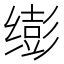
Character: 𫄵